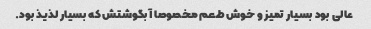
عالی بود بسیار تمیز و خوش طعم مخصوصا آبگوشتش که بسیار لذیذ بود.